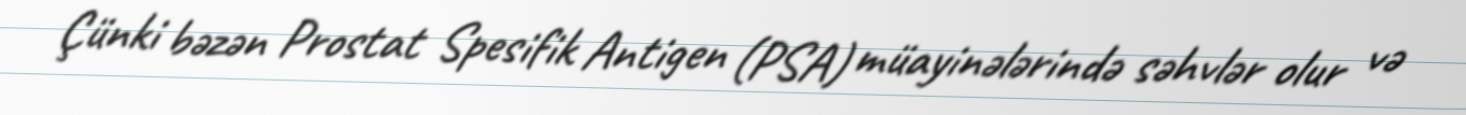
Çünki bəzən Prostat Spesifik Antigen (PSA) müayinələrində səhvlər olur və